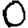
Digit: 0